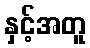
နှင့်အတူ